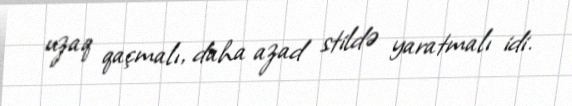
uzaq qaçmalı, daha azad stildə yaratmalı idi.